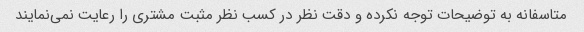
متاسفانه به توضیحات توجه نکرده و دقت نظر در کسب نظر مثبت مشتری را رعایت نمی‌نمایند